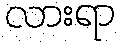
လားရာ